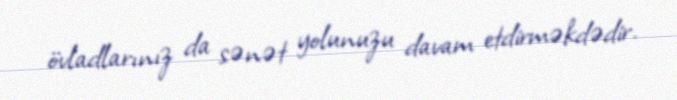
övladlarınız da sənət yolunuzu davam etdirməkdədir.